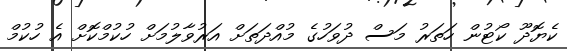
ކެޔޮދޫ ކޯޓުން ހަތަރު މަސް ދުވަހުގެ މުއްދަތަށް އަރުވާލުމަށް ހުކުމްކޮށް އެ ހުކުމް